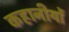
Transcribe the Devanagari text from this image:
कहानीयों